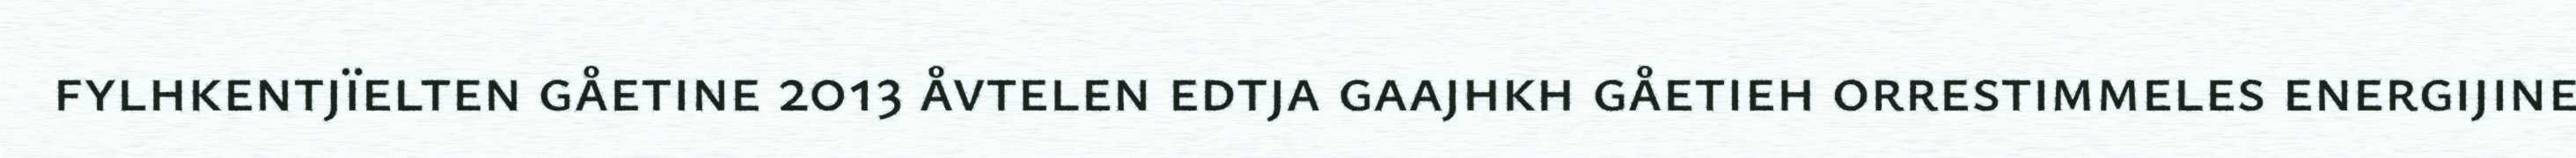
fylhkentjïelten gåetine 2013 åvtelen edtja gaajhkh gåetieh orrestimmeles energijine